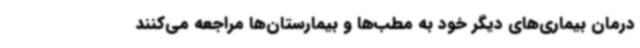
درمان بیماری‌های دیگر خود به مطب‌ها و بیمارستان‌ها مراجعه می‌کنند